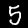
Label: 5